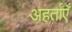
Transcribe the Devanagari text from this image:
अहर्ताएँ